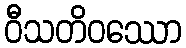
ဝီသတိဝဿော